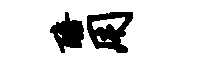
醅用